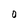
Character: 0